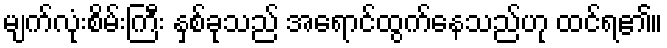
မျက်လုံးစိမ်းကြီး နှစ်ခုသည် အရောင်ထွက်နေသည်ဟု ထင်ရ၏။